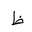
Letter: _za